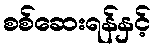
စစ်ဆေးရန်နှင့်